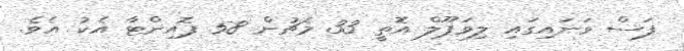
ފަސް ވަނައިގައި ލިވަޕޫލް އޮތީ 33 މެޗުން 58 ޕޮއިންޓާ އެކު އެވެ.